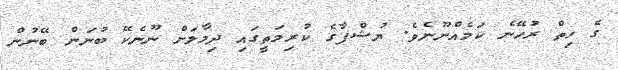
ގެ ހިތް ރުހޭނެ ކަމެއްނޫނެވެ. ޔުޝްފާގެ ކުރިމަތީގައި ދިމާލަށް ނޫނެކޭ ބުނަން ބޭނުން